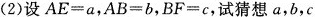
(2)设$$AF=a$$,$$AB=b$$,$$BF=c$$,试猜想a,b,c